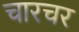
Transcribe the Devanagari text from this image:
चारचर